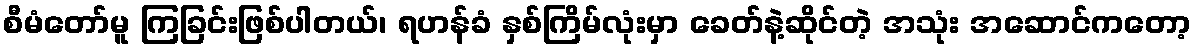
စီမံတော်မူ ကြခြင်းဖြစ်ပါတယ်၊ ရဟန်ခံ နှစ်ကြိမ်လုံးမှာ ခေတ်နဲ့ဆိုင်တဲ့ အသုံး အဆောင်ကတော့